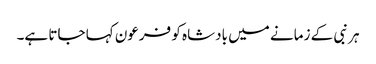
ہر نبی کے زمانے میں بادشاہ کو فرعون کہا جاتا ہے۔